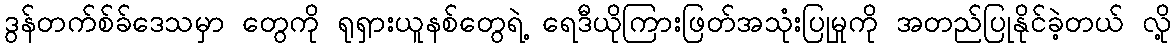
ဒွန်တက်စ်ခ်ဒေသမှာ တွေကို ရုရှားယူနစ်တွေရဲ့ ရေဒီယိုကြားဖြတ်အသုံးပြုမှုကို အတည်ပြုနိုင်ခဲ့တယ် လို့